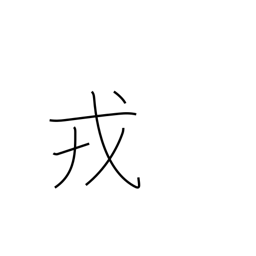
Meaning: arms